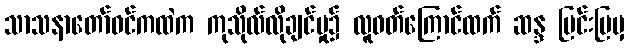
သာသနာတော်ဝင်ကထဲက ကုသိုလ်လိုချင်မှု၌ လူဝတ်ကြောင်ထက် ဆန္ဒ ပြင်းပြမှ